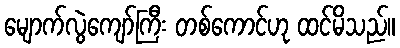
မျောက်လွဲကျော်ကြီး တစ်ကောင်ဟု ထင်မိသည်။